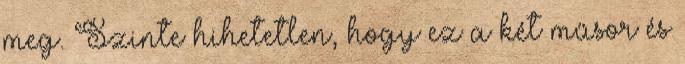
meg. Szinte hihetetlen, hogy ez a két műsor és